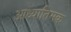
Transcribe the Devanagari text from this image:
आध्यातिमक